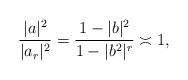
LaTeX: \begin{align*} \frac{|a|^2}{|a_r|^2}=\frac{1-|b|^2}{1-|b^2|^r}\asymp 1,\end{align*}